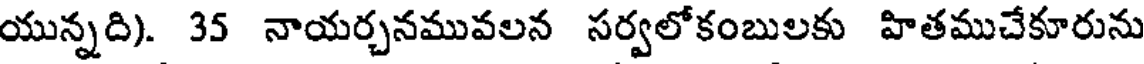
యున్నది). 35 నాయర్చనమువలన సర్వలోకంబులకు హితముచేకూరును